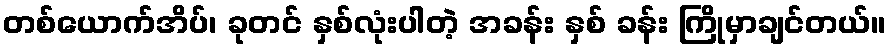
တစ်ယောက်အိပ်၊ ခုတင် နှစ်လုံးပါတဲ့ အခန်း နှစ် ခန်း ကြိုမှာချင်တယ်။